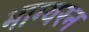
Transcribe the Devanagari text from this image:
भाग्यरन